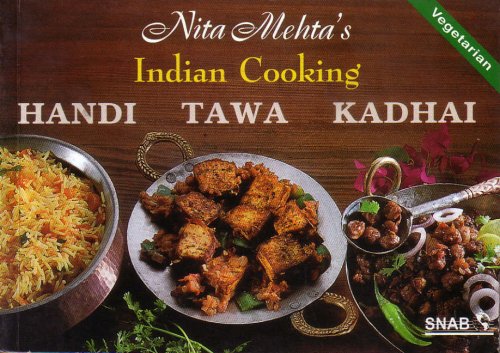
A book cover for Hand, Tawa, Kadhai (Pot, Griddle and Wok); Nita Mehta; Cookbooks, Food & Wine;